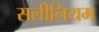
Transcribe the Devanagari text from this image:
सलीनियम